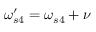
\omega _ { s 4 } ^ { \prime } = \omega _ { s 4 } + \nu